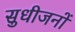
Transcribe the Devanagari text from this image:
सुधीजनों